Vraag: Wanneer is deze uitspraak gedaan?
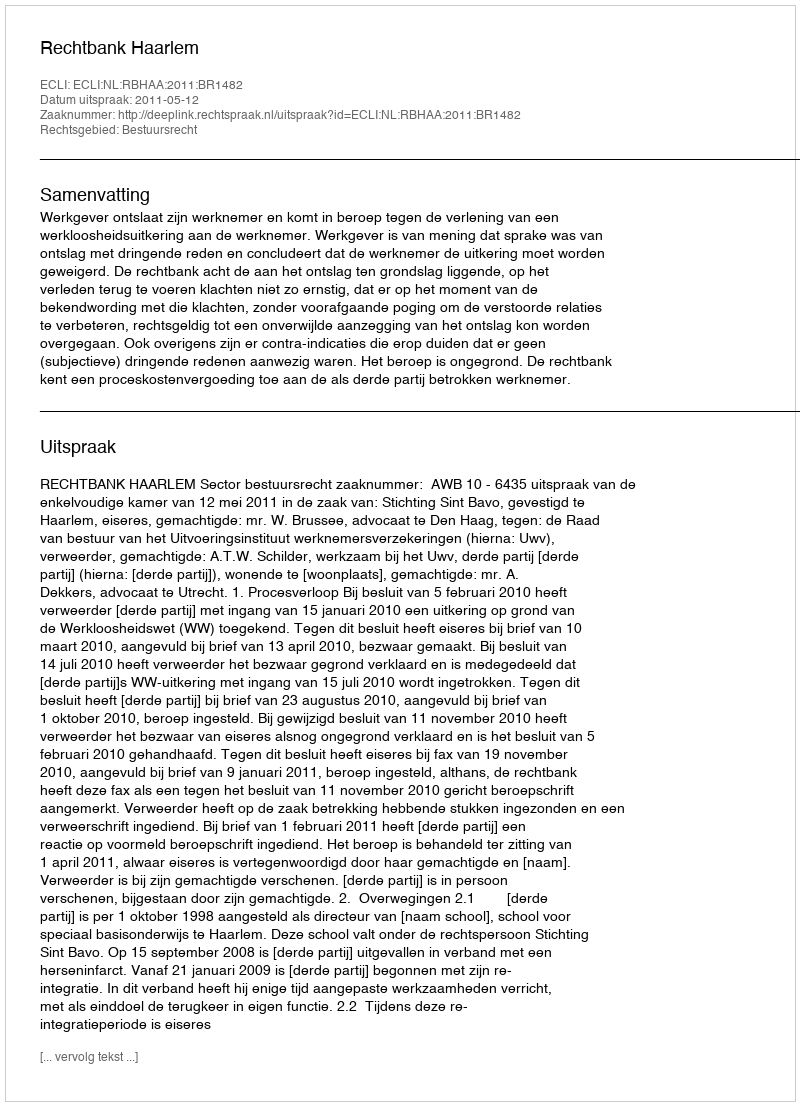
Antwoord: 2011-05-12